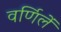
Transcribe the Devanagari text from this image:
वर्णिलें